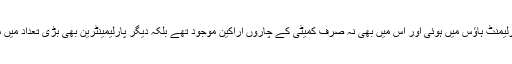
یہ میٹنگ پارلیمنٹ ہاؤس میں ہوئی اور اس میں بھی نہ صرف کمیٹی کے چاروں اراکین موجود تھے بلکہ دیگر پارلیمینٹرین بھی بڑی تعداد میں موجود تھے۔